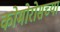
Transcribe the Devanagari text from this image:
कोमोरोसच्या